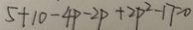
5 + 1 0 - 4 p - 2 P + 2 p ^ { 2 } - 1 7 = 0